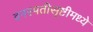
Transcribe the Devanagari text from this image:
वनस्पतीसृष्टीमध्ये